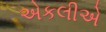
એકલીએ